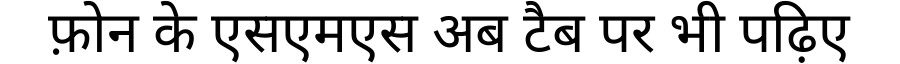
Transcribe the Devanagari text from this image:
फ़ोन के एसएमएस अब टैब पर भी पढ़िए